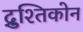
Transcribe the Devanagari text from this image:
द्रुश्तिकोन